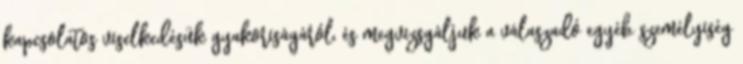
kapcsolatos viselkedésük gyakoriságáról, és megvizsgáljuk a válaszadó egyéb személyiség